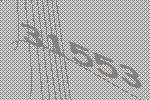
31553